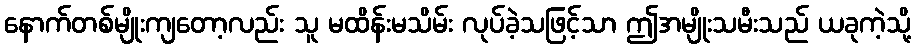
နောက်တစ်မျိုးကျတော့လည်း သူ မထိန်းမသိမ်း လုပ်ခဲ့သဖြင့်သာ ဤအမျိုးသမီးသည် ယခုကဲ့သို့